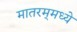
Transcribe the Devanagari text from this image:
मातरम्‌मध्ये